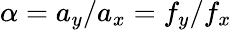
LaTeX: \alpha=a_{y}/a_{x}=f_{y}/f_{x}